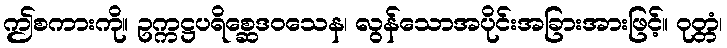
ဤစကားကို။ ဥက္ကဋ္ဌပရိစ္ဆေဒဝသေန၊ လွန်သောအပိုင်းအခြားအားဖြင့်။ ဝုတ္တံ၊